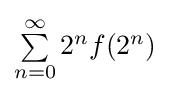
{\textstyle \sum \limits _{n=0}^{\infty }2^{n}f(2^{n})}